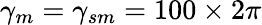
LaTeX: \gamma_{m}=\gamma_{sm}=100\times 2\pi